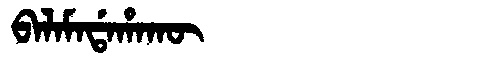
Manchu: ᠪᠠᠯᠠᠮᠠᡩᠠᡥᠠᡴᡡ
Romanization: BALAMADAHAKŪ